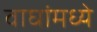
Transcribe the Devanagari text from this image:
वाघांमध्ये